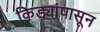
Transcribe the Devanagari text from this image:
किड्यांपासून